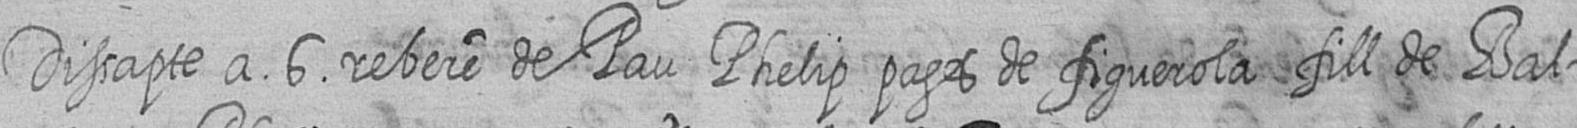
Dissapte a 6 rebere de Pau Phelip pages de figuerola fill de Bal=